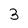
Character: 3